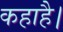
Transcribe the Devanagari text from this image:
कहाहै।